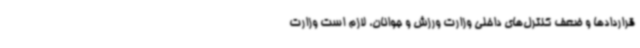
قراردادها و ضعف کنترل‌های داخلی وزارت ورزش و جوانان، لازم است وزارت